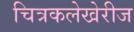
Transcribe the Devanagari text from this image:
चित्रकलेखेरीज